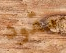
مقود